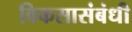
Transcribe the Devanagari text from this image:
विकसासंबंधी